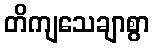
တိကျသေချာစွာ